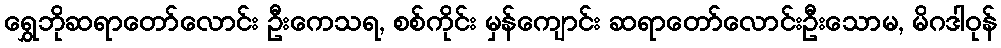
ရွှေဘိုဆရာတော်လောင်း ဦးကေသရ, စစ်ကိုင်း မှန်ကျောင်း ဆရာတော်လောင်းဦးသောမ, မိဂဒါဝုန်